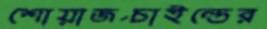
শোয়ার্জচাইল্ডের